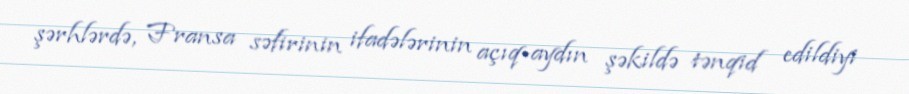
şərhlərdə, Fransa səfirinin ifadələrinin açıq-aydın şəkildə tənqid edildiyi